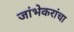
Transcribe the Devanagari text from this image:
जांभेकरांचा